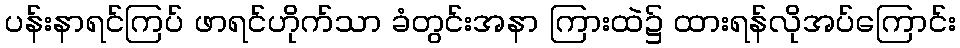
ပန်းနာရင်ကြပ် ဖာရင်ဟိုက်သာ ခံတွင်းအနာ ကြားထဲ၌ ထားရန်လိုအပ်ကြောင်း